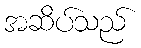
အဆိပ်သည်